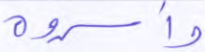
وأسروه